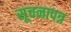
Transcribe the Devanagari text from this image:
सूचनापत्र